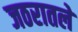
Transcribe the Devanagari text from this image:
जठरातले